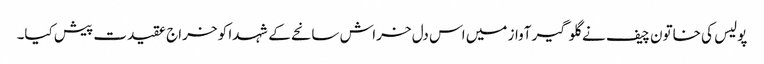
پولیس کی خاتون چیف نے گلوگیر آواز میں اس دل خراش سانحے کے شہدا کو خراج عقیدت پیش کیا۔